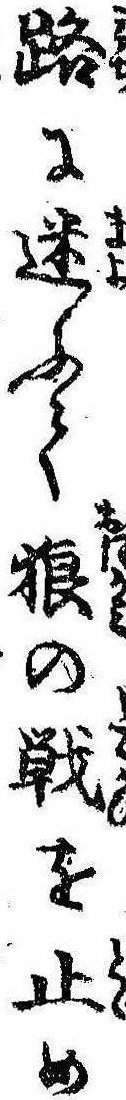
路に迷ふて狼の戦を止め